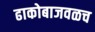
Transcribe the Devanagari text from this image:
ढाकोबाजवळच